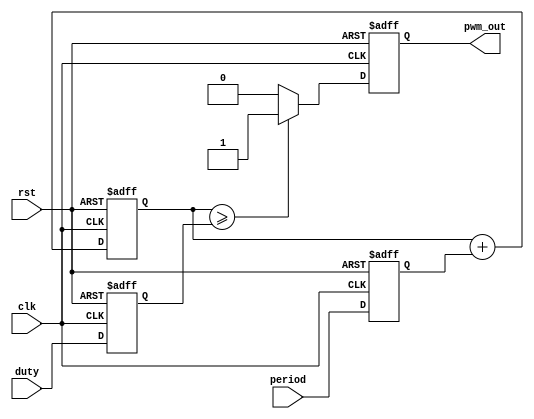
//////////////////////////////////////////////////////////////////////////////////
//  ov5640 lcd display                                                          //
//                                                                              //
//          msq@qq.com                                                          //
//          ALINX(shanghai) Technology Co.,Ltd                                  //
//          heijin                                                              //
//     WEB: http://www.alinx.cn/                                                //
//     BBS: http://www.heijin.org/                                              //
//                                                                              //
//////////////////////////////////////////////////////////////////////////////////
//                                                                              //
// Copyright (c) 2017,ALINX(shanghai) Technology Co.,Ltd                        //
//                    All rights reserved                                       //
//                                                                              //
// This source file may be used and distributed without restriction provided    //
// that this copyright statement is not removed from the file and that any      //
// derivative work contains the original copyright notice and the associated    //
// disclaimer.                                                                  //
//                                                                              //
//////////////////////////////////////////////////////////////////////////////////

//================================================================================
//   Description:  pwm model
//   pwm out period = frequency(pwm_out) * (2 ** N) / frequency(clk);
//
//================================================================================
//  Revision History:
//  Date          By            Revision    Change Description
//--------------------------------------------------------------------------------
//  2017/5/3     meisq          1.0         Original
//********************************************************************************/
`timescale 1ns / 1ps
module ax_pwm
#(
	parameter N = 16 //pwm bit width 
)
(
    input         clk,
    input         rst,
    input[N - 1:0]period,	//pwm step value
    input[N - 1:0]duty,		//duty value
    output        pwm_out 	//pwm output
    );
 
reg[N - 1:0] period_r;		//period register
reg[N - 1:0] duty_r;		//duty register
reg[N - 1:0] period_cnt;	//period counter
reg pwm_r;
assign pwm_out = pwm_r;
always@(posedge clk or posedge rst)
begin
    if(rst==1)
    begin
        period_r <= { N {1'b0} };
        duty_r <= { N {1'b0} };
    end
    else
    begin
        period_r <= period;
        duty_r   <= duty;
    end
end
//period counter, step is period value
always@(posedge clk or posedge rst)
begin
    if(rst==1)
        period_cnt <= { N {1'b0} };
    else
        period_cnt <= period_cnt + period_r;
end

always@(posedge clk or posedge rst)
begin
    if(rst==1)
    begin
        pwm_r <= 1'b0;
    end
    else
    begin
        if(period_cnt >= duty_r)	//if period counter is bigger or equals to duty value, then set pwm value to high
            pwm_r <= 1'b1;
        else
            pwm_r <= 1'b0;
    end
end

endmodule